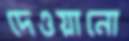
দেওয়ানো